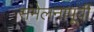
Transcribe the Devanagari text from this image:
संमेलनापूर्वी